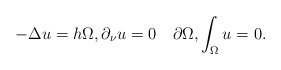
\begin{align*} -\Delta u =h\Omega,\partial_\nu u=0\quad\partial \Omega,\int_\Omega u =0.\end{align*}